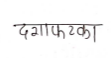
मजकूर: दगाफटका